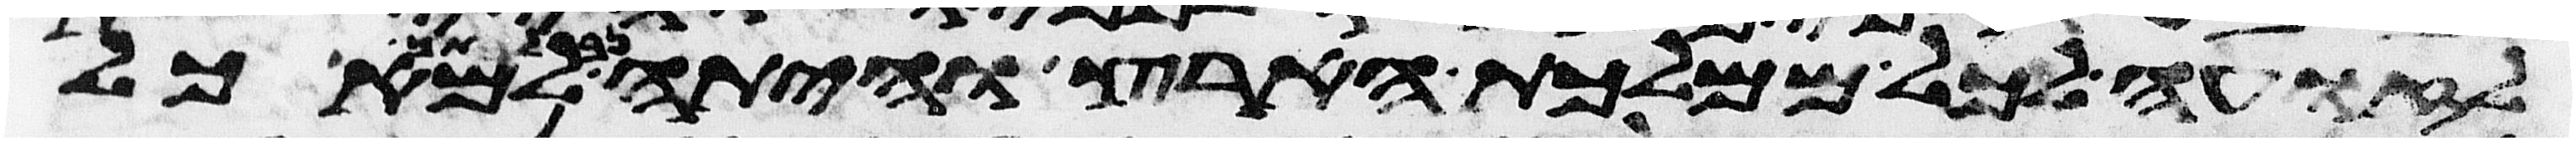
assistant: לזועה לכל ממלכת הארץ והיתה נבלתך למאכל